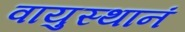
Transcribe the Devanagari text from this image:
वायुस्थानं